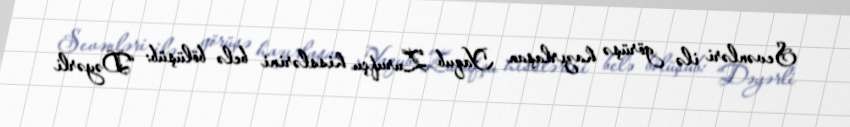
Sevənləri ilə görüşə hazırlaşan Yaqub Zurufçu hisslərini belə bölüşüb: “Dəyərli